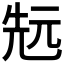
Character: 𠒑